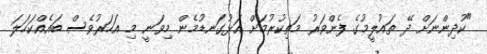
"ކުދިންނަށް ދޭ ތައުލީމުގެ ފެންވަރު މަތިކުރުމަށް އަޅުގަނޑުމެން މިވަނީ މި އަހަރުވެސް ބައެއްކަހަލަ